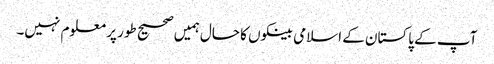
آپ کے پاکستان کے اسلامی بینکوں کا حال ہمیں صحیح طور پر معلوم نہیں۔